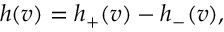
h ( v ) = h _ { + } ( v ) - h _ { - } ( v ) ,